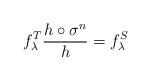
LaTeX: \begin{align*} f^T_\lambda \frac{h \circ \sigma^n}{h} = f^S_\lambda \end{align*}